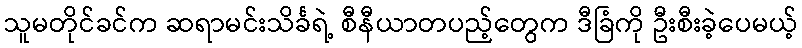
သူမတိုင်ခင်က ဆရာမင်းသိင်္ခရဲ့ စီနီယာတပည့်တွေက ဒီခြံကို ဦးစီးခဲ့ပေမယ့်